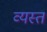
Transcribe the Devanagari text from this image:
व्यस्तं